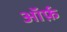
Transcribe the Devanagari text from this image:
ऑर्फ़